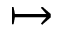
\mapsto